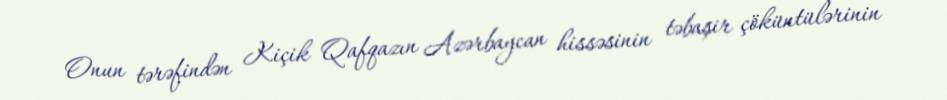
Onun tərəfindən Kiçik Qafqazın Azərbaycan hissəsinin təbaşir çöküntülərinin